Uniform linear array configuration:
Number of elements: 8
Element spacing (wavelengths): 0.75
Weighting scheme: cosine
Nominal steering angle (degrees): -30
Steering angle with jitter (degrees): -30.812
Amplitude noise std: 0.05
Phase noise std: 0.05

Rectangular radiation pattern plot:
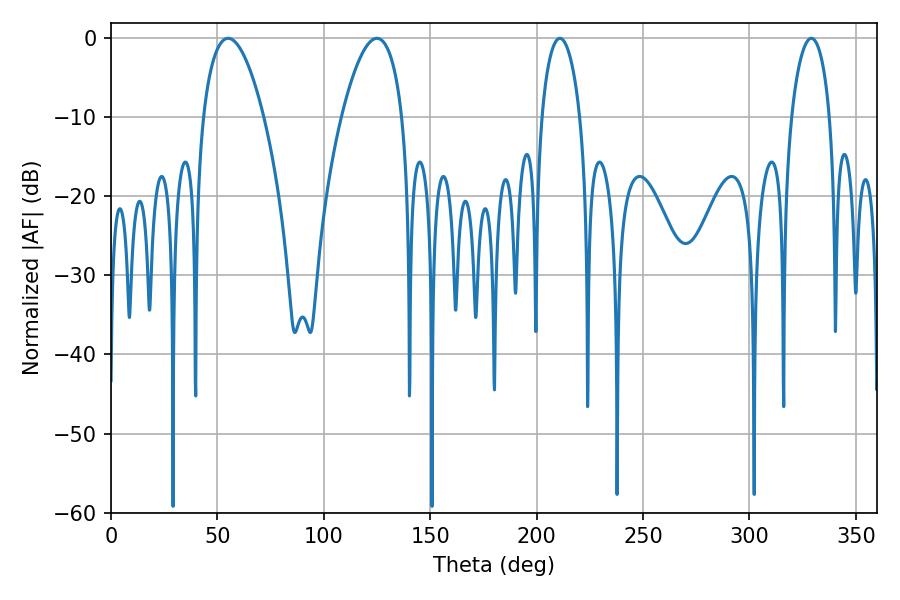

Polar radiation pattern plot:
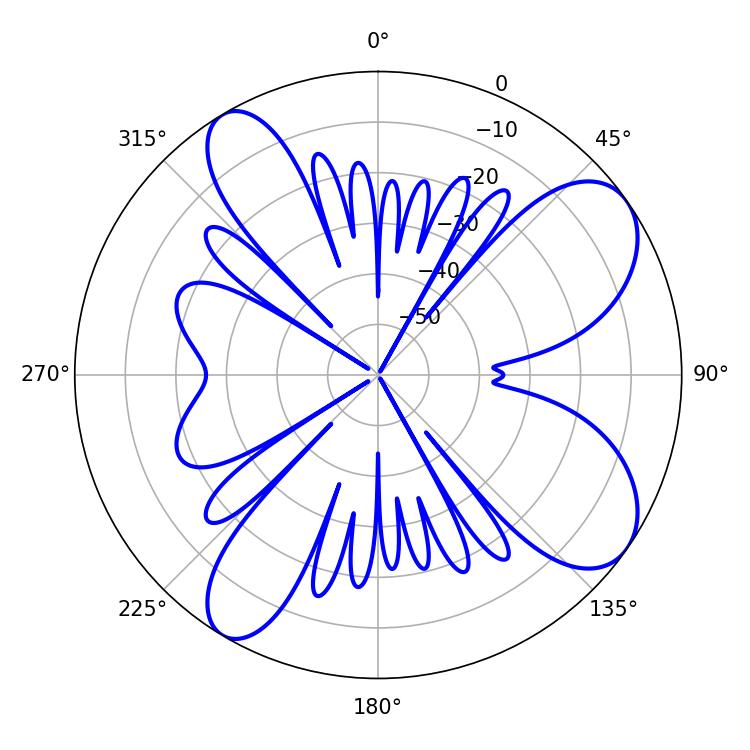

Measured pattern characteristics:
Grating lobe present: TRUE
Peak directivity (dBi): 8.522
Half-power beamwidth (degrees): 15.84
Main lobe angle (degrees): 55.08